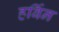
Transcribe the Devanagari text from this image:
हर्बिन